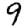
Digit: 9